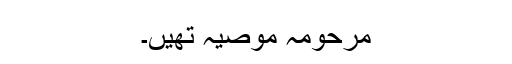
مرحومہ موصیہ تھیں۔